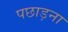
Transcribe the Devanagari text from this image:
पछाड़ना